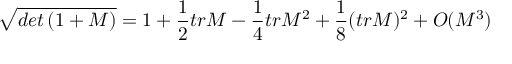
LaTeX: \sqrt { d e t \left( 1 + M \right) } = 1 + \frac { 1 } { 2 } t r M - \frac { 1 } { 4 } t r M ^ { 2 } + \frac { 1 } { 8 } ( t r M ) ^ { 2 } + { \cal O } ( M ^ { 3 } )